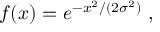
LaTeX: f ( x ) = e ^ { - x ^ { 2 } / ( 2 \sigma ^ { 2 } ) } \ ,